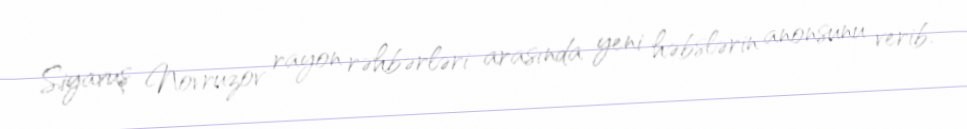
Siyavuş Novruzov rayon rəhbərləri arasında yeni həbslərin anonsunu verib.